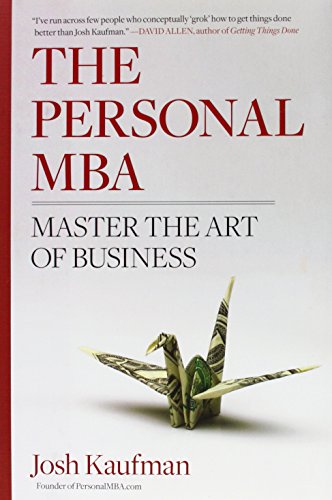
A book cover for The Personal MBA: Master the Art of Business; Josh Kaufman; Business & Money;